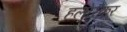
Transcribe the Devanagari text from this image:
हलोरकर